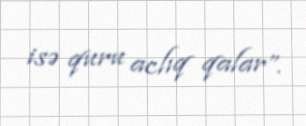
isə quru aclıq qalar”.